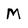
Character: M